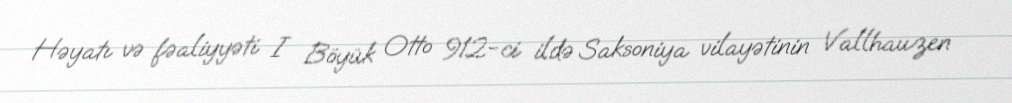
Həyatı və fəaliyyəti I Böyük Otto 912-ci ildə Saksoniya vilayətinin Vallhauzen